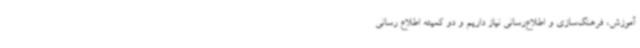
آموزش، فرهنگ‌سازی و اطلاع‌رسانی نیاز داریم و دو کمیته اطلاع رسانی